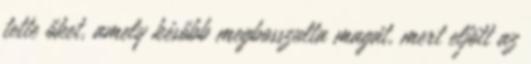
tette őket, amely később megbosszulta magát, mert eljött az